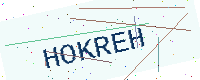
Text: HOKREH